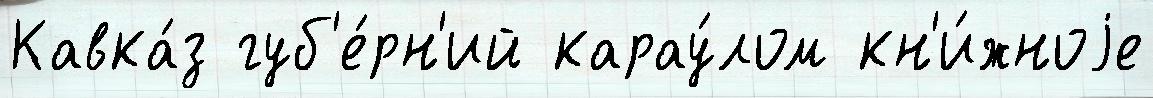
Кавка́з губ'е́рн'ий карау́лом кн'и́жноjе